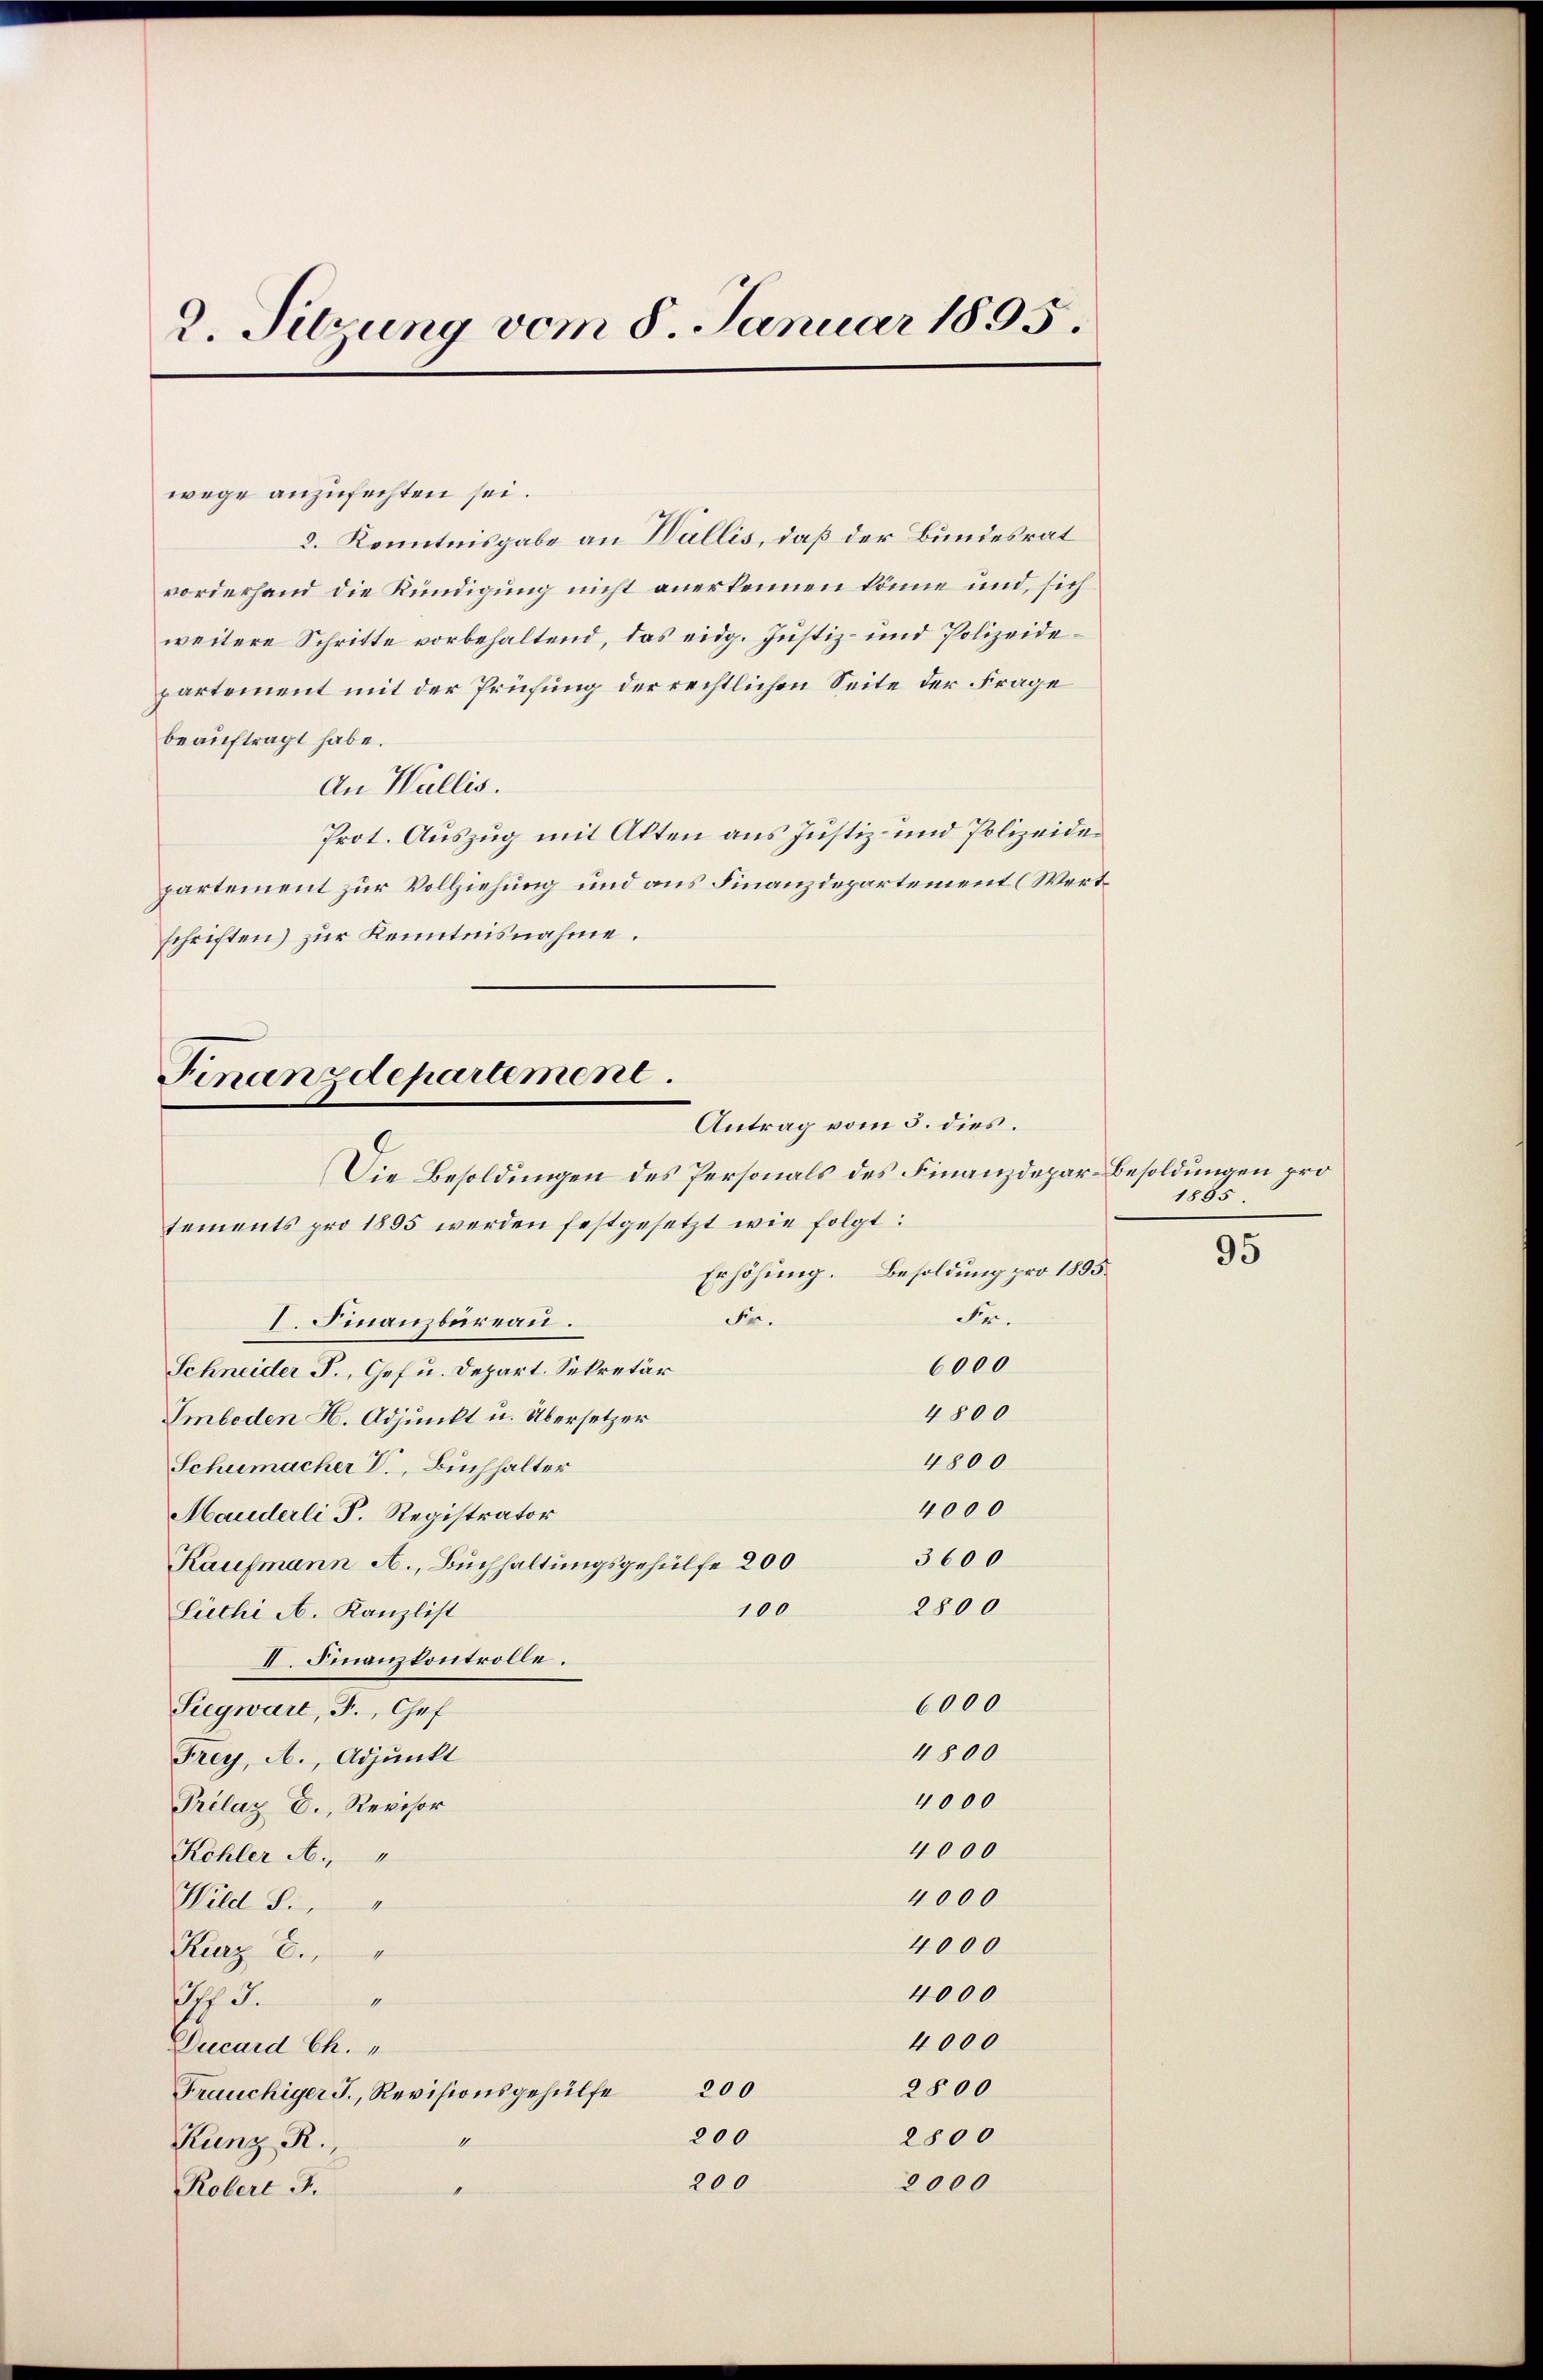
2. Sitzung vom 8. Januar 1895.

wege anzufechten sei.
2. Kenntnisgabe an Wallis, daß der Bundesrat
vorderhand die Kündigung nicht anerkennen könne und, sich
weitere Schritte vorbehaltend, das eidg. Justiz- und Polizeidepartement mit der Prüfung der rechtlichen Seite der Frage
beauftragt habe.
An Wallis.
Prot. Auszug mit Akten aus Justiz- und Polizeidepartement zur Vollziehung und aus Finanzdepartement (Wertschriften) zur Kenntnisnahme.

Finanzdepartement.
Antrag vom 5. dies.
Die Besoldungen des Personals des Finanzdepar-Besoldungen pro

sements pro 1895 werden festgesetzt wie folgt:
Fr.
I. Finanzbureau.
Schneider F., Gef u. Depart. Sekretär
Smbeden H. Adjunkt u. Übersetzer
Schumacher V., Buchhalter
Hauderli P. Registrator
Kaufmann A., Buchhaltungsgehülfe 200
100
Lüchi A. Kanzlist
I. Finanzkontrolle.
6000
Siegwart, F., Chef
4800
Frey, A. Adjunkt
4000
Prélaz D., Revisor
4000
Köhler A. "
4000
Wild d.
4000
Kaerz 6.
4000
3.
eschleinen
4000
Ducard Ch.
2800
200
Fräuchiger J., Revisionsgehülfe
200
2800
Kunz R.
200
2000
Robert J.

1855.
Erhöhung. Besoldung pro 1895.
Fr.
6000
4800
4800
4000
3600
2800

95